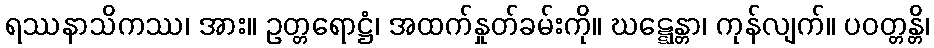
ရဿနာသိကဿ၊ အား။ ဥတ္တရောဋ္ဌံ၊ အထက်နှုတ်ခမ်းကို။ ဃဋ္ဋေန္တာ၊ ကုန်လျက်။ ပဝတ္တန္တိ၊